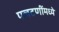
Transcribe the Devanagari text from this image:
पलटणींमध्ये